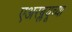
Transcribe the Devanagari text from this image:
एअरब्लयूच्या